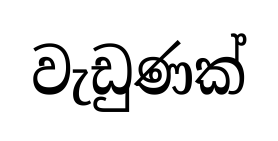
වැඩුණක්